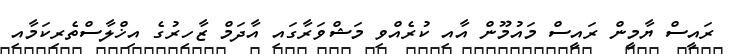
ރައީސް ޔާމީން ރައީސް މައުމޫން އާއި ކުރެއްވި މަޝްވަރާގައި އާދަމް ޒާހިރުގެ އިޚްލާސްތެރިކަމާއި